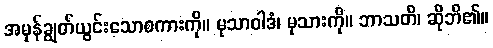
အမှန်ချွတ်ယွင်းသောစကားကို။ မုသာဝါဒံ၊ မုသားကို။ ဘာသတိ၊ ဆိုဘိ၏။